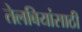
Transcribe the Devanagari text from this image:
तेलबियांसाठी